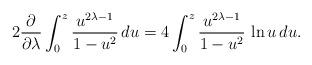
LaTeX: \begin{align*}2\frac{\partial }{\partial \lambda }\int_{0}^{z}\frac{u^{2\lambda -1}}{1-u^{2}}\,du=4\int_{0}^{z}\frac{u^{2\lambda -1}}{1-u^{2}}\,\ln u\,du.\end{align*}